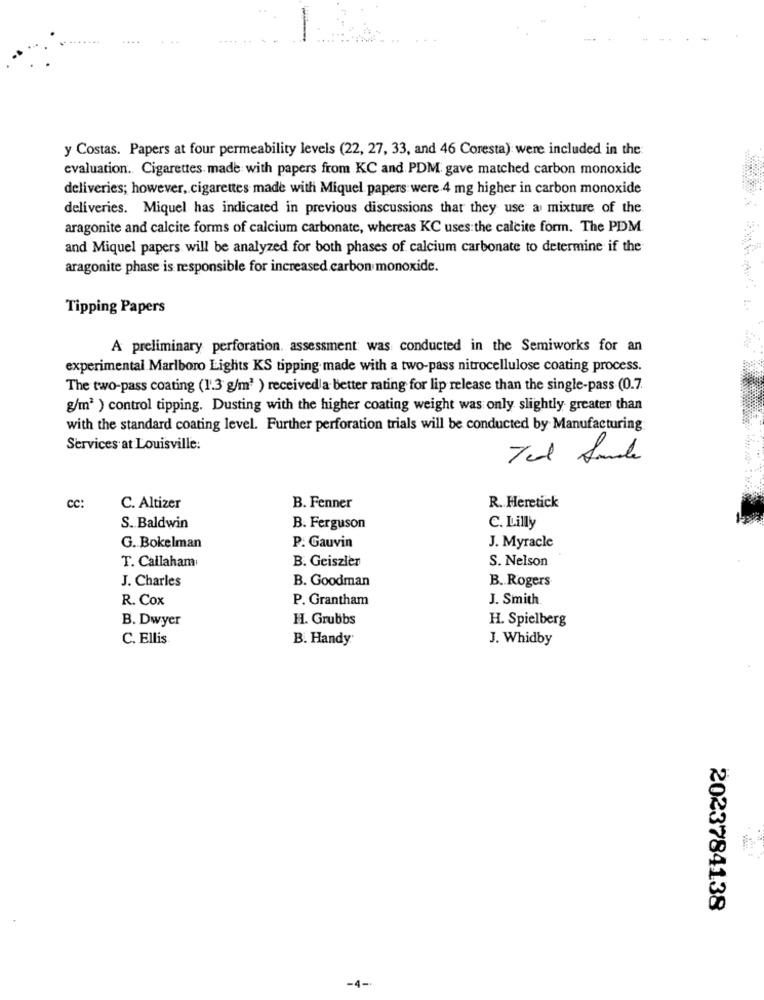
y Costas. Papers at four permeability levels (22, 27, 33, and 46 Coresta) were included in the:
evaluation. Cigarettes made with papers from KC and PDM gave matched carbon monoxide
deliveries; however, cigarettes made with Miquel papers were 4 mg higher in carbon monoxide
deliveries. Miquel has indicated in previous discussions that they use a mixture of the
aragonite and calcite forms of calcium carbonate, whereas KC uses the calcite form. The PDM.
and Miquel papers will be analyzed for both phases of calcium carbonate to determine if the
aragonite phase is responsible for increased carbon monoxide.
Tipping Papers
A preliminary perforation. assessment was conducted in the Semiworks for an
experimental Marlboro Lights KS tipping made with a two-pass nitrocellulose coating process.
The two-pass coating (1.3 g/m3 ) received a better rating for lip release than the single-pass (0.7.
g/m2 ) control tipping. Dusting with the higher coating weight was only slightly greater than
with the standard coating level. Further perforation trials will be conducted by Manufacturing
Services at Louisville:
CC:
C. Altizer
B. Fenner
R. Heretick
S. Baldwin
B. Ferguson
C. Lilly
G. Bokelman
P. Gauvin
J. Myracle
B. Geiszler
S. Nelson
T. Callaham
J. Charles
B. Goodman
B. Rogers
R. Cox
P. Grantham
J. Smith.
B. Dwyer
H. Grubbs
H. Spielberg
C. Ellis
B. Handy
J. Whidby
2023784138
-4-